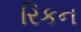
રિકન